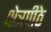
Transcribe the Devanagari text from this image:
क्षेत्रपीठे